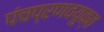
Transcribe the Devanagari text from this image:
पंचप्रणवयुक्त